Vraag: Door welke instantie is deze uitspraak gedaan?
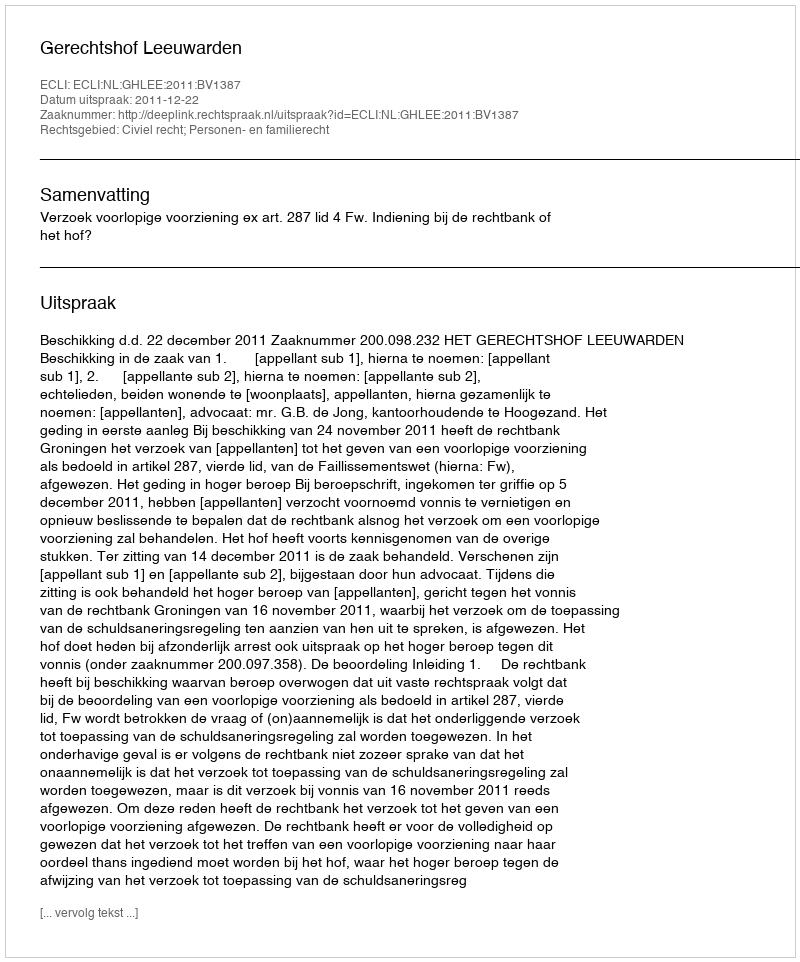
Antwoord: Gerechtshof Leeuwarden